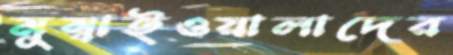
মুম্বাইওয়ালাদের